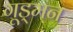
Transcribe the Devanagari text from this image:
गूड्मन